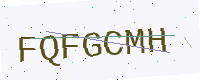
Text: FQFGCMH